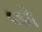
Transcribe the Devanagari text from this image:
५६ने